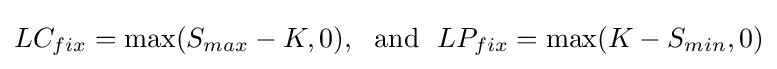
LC_{fix}=\max(S_{max}-K,0),~~{\text{and}}~~LP_{fix}=\max(K-S_{min},0)